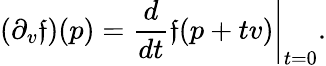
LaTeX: (\partial_{v}\mathfrak{f})(p)=\left.{\frac{{d}}{{dt}}}\mathfrak{f}(p+tv)\right|_{t=0}.